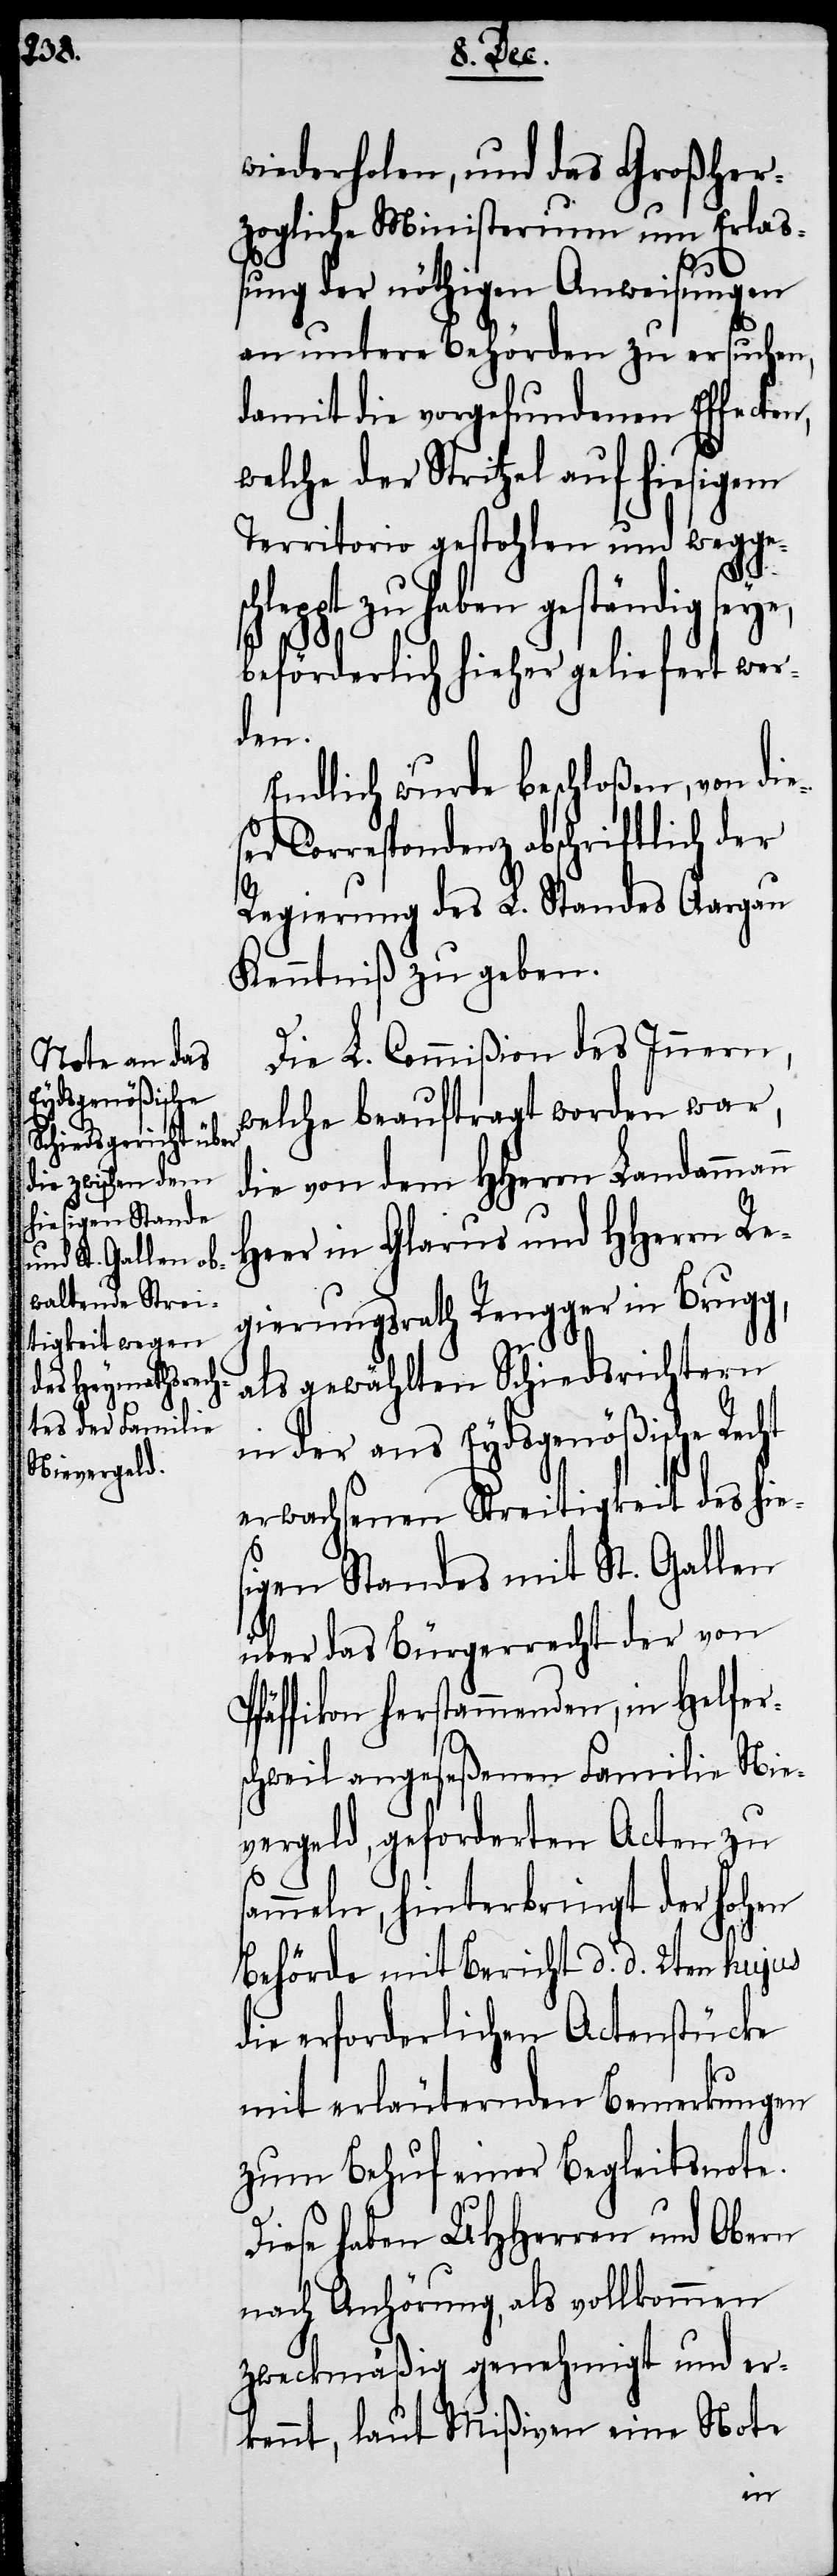
wiederholen, und das Großher¬
zogliche Ministerium um Erlaß¬
ung der nöthigen Anweisungen
an untere Behörden zu ersuchen,
damit die vorgefundenen Effecten,
welche der Strtizel auf hiesigem
Territorio gestohlen und wegges¬
chleppt zu haben geständig seye,
beförderlich hieher geliefert wer¬
den.
Endlich wurde beschloßen, von die¬
ser Correspondenz abschriftlich der
Regierung des L. Standes Aargau
Kenntniß zu geben.
Die L. Commißion des Innern,
welche beauftragt worden war,
die von dem HHerrn Landammann
Heer in Glarus und HHerrn Re¬
gierungsrath Rengger in Brugg,
als gewählten Schiedsrichtern
in der ans Eydsgenößische Recht
erwachsenen Streitigkeit des hies¬
igen Standes mit St. Gallen
über das Bürgerrecht der von
Pfäffikon herstammenden, in Helfer¬
s¬
schweil angeseßenen Familie Nie¬
vergeld, geforderten Acten zu
ammeln, hinterbringt der hohen
Behörde mit Bericht d. d. 2ten hujus
die erforderlichen Actenstücke
mit erläuternden Bemerkungen
zum Behuf einer Begleitsnote.
Diese haben UHHerren und Obern
nach Anhörung, als vollkommen
zweckmäßig genehmigt und er¬
kennt, laut Mißiven eine Not¬
e